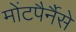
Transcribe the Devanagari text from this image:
मोंटपैर्नैसे